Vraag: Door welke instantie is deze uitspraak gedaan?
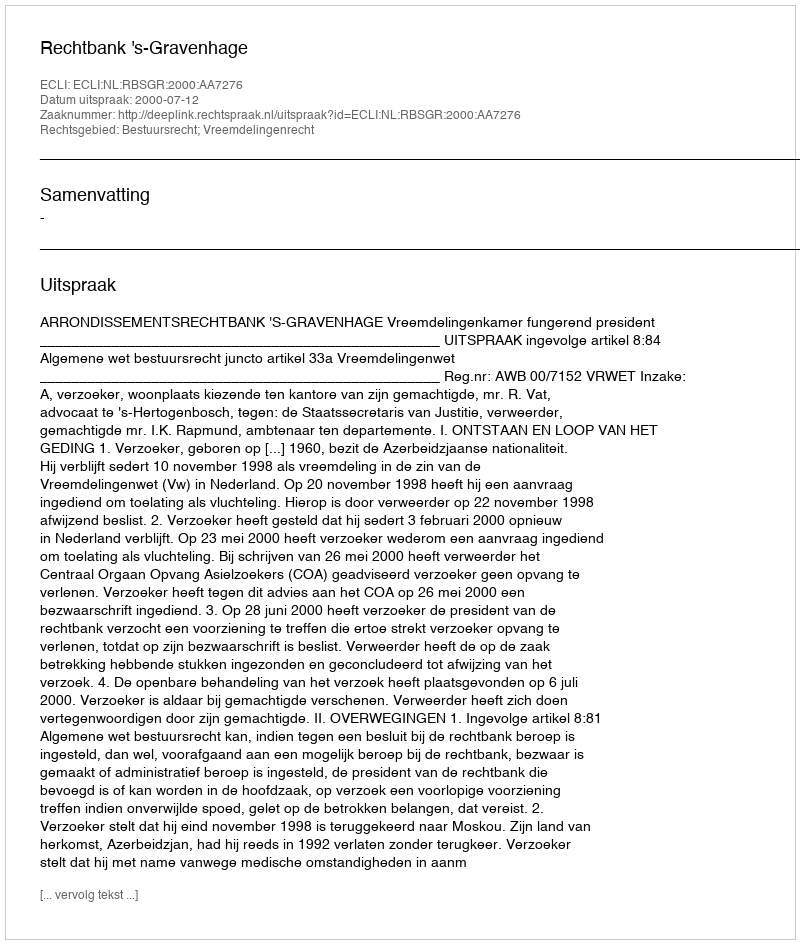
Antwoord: Rechtbank 's-Gravenhage